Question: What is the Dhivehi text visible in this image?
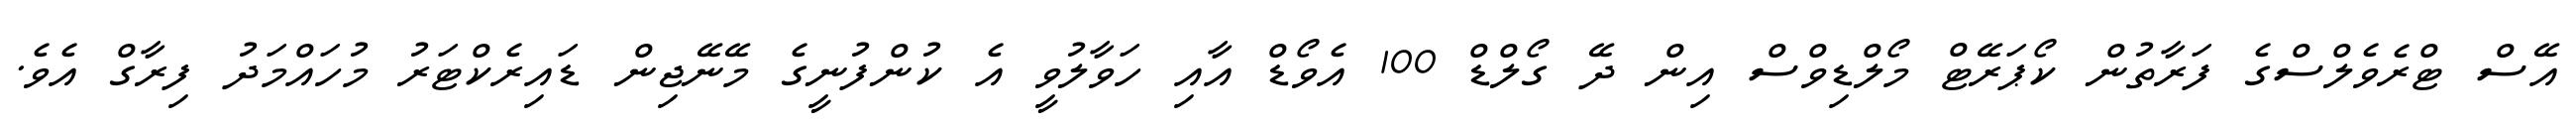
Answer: އޭސް ޓްރެވެލްސްގެ ފަރާތުން ކޯޕަރޭޓް މޯލްޑިވްސް އިން ދޭ ގޯލްޑް 100 އެވޯޑް އާއި ހަވާލުވީ އެ ކުންފުނީގެ މޭނޭޖިން ޑައިރެކްޓަރު މުހައްމަދު ފިރާގް އެވެ.